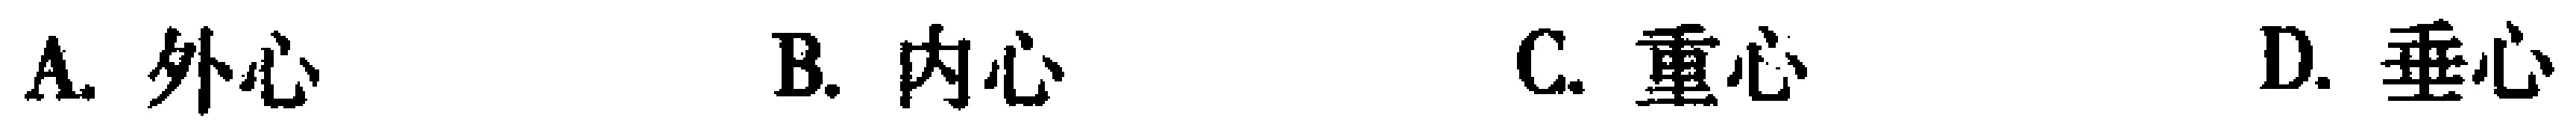
A. 外心  B. 内心  C. 重心  D. 垂心